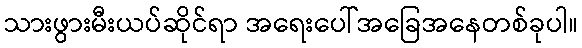
သားဖွားမီးယပ်ဆိုင်ရာ အရေးပေါ်အခြေအနေတစ်ခုပါ။